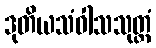
ဒုတိယသံဝါသသုတ္တံ